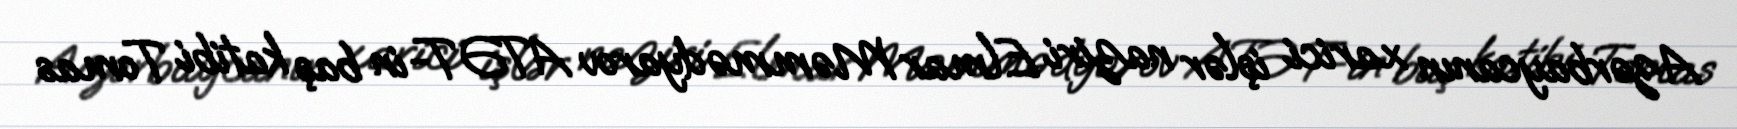
Azərbaycanın xarici işlər naziri Elmar Məmmədyarov ATƏT-in baş katibi Tomas